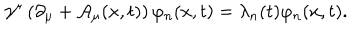
\gamma ^ { \mu } \left( \partial _ { \mu } + { \cal A } _ { \mu } ( x , t ) \right) \varphi _ { n } ( x , t ) = \lambda _ { n } ( t ) \varphi _ { n } ( x , t ) .